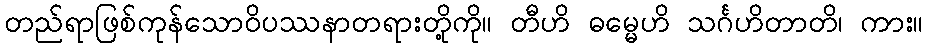
တည်ရာဖြစ်ကုန်သောဝိပဿနာတရားတို့ကို။ တီဟိ ဓမ္မေဟိ သင်္ဂဟိတာတိ၊ ကား။